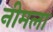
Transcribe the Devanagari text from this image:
नीमला